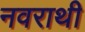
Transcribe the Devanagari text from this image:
नवराथी